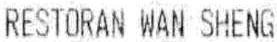
RESTORAN WAN SHENG